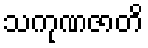
သကုဏဇာတိ